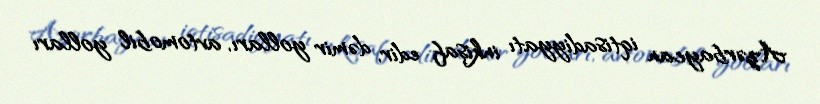
Azərbaycan iqtisadiyyatı inkişaf edir, dəmir yolları, avtomobil yolları